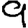
Digit: 9